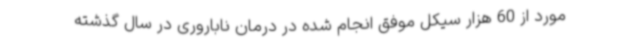
مورد از 60 هزار سیکل موفق انجام شده در درمان ناباروری در سال گذشته